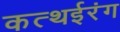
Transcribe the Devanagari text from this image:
कत्थईरंग